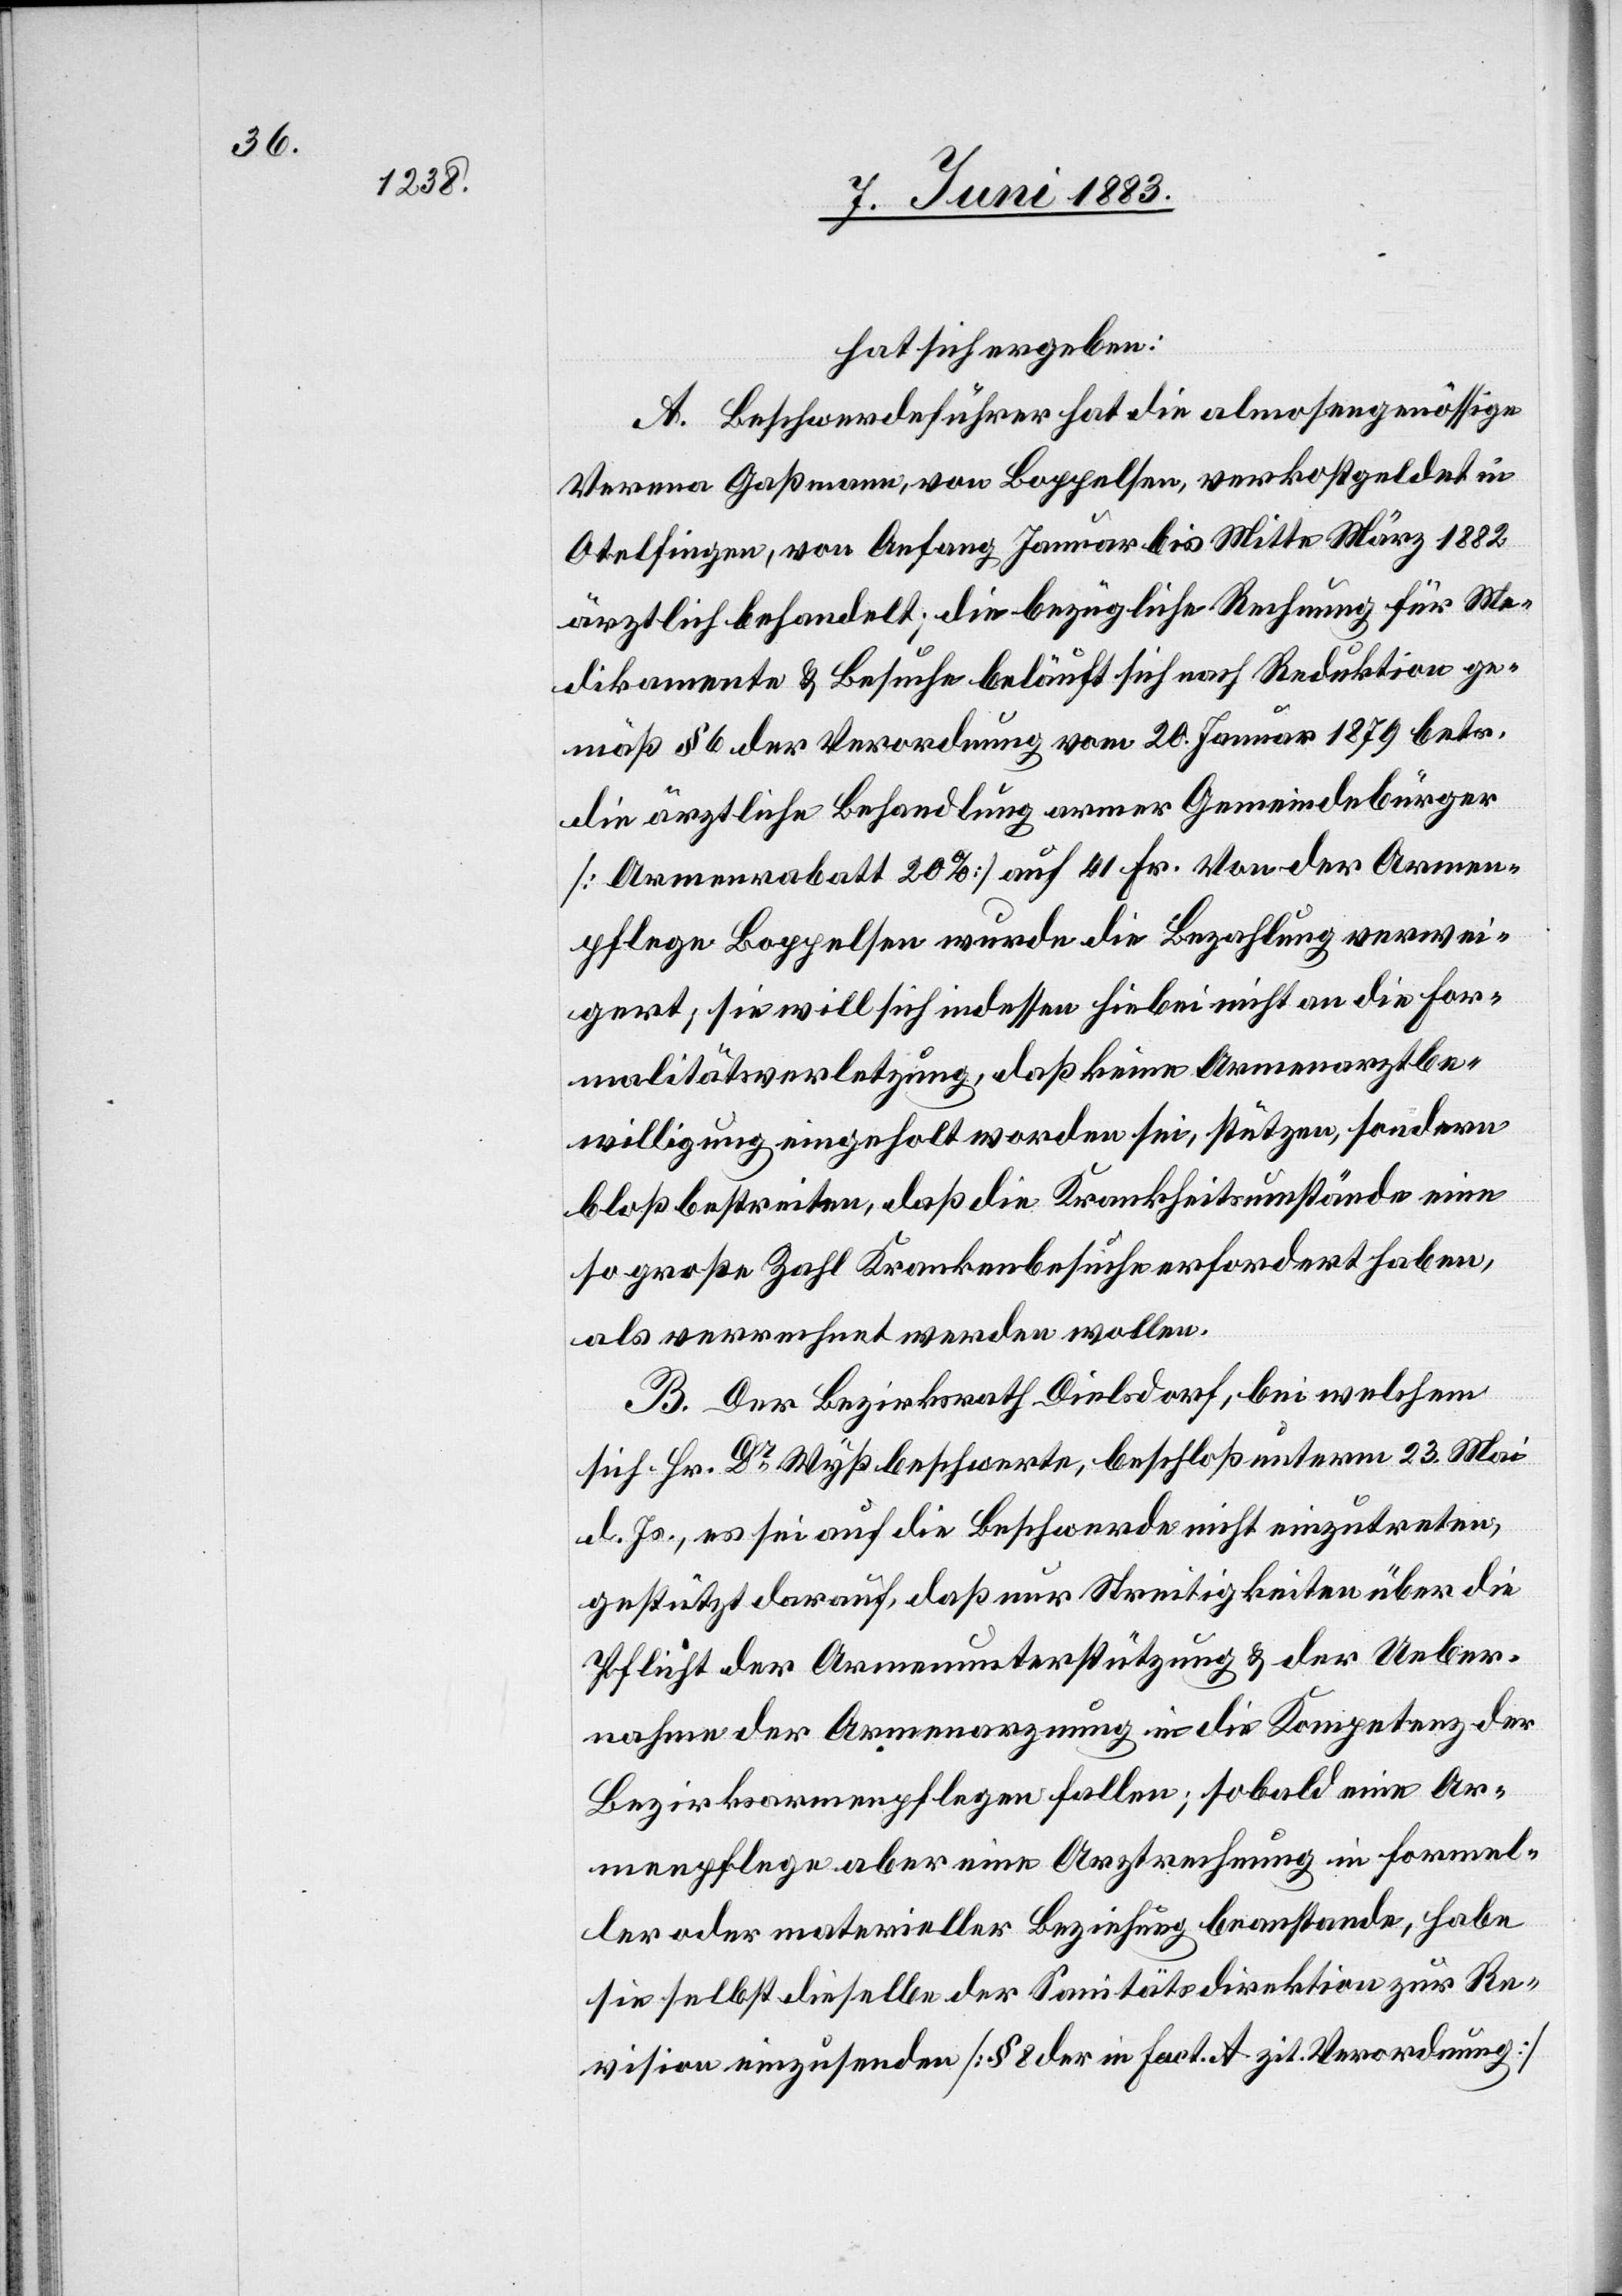
hat sich ergeben:
A. Beschwerdeführer hat die almosengenössige
Verena Gaßmann, von Boppelsen, verkostgeldet in
Otelfingen, von Anfang Januar bis Mitte März 1882
ärztlich behandelt; die bezügliche Rechnung für Me¬
dikamente & Besuche beläuft sich nach Reduktion ge¬
mäß § 6 der Verordnung vom 20. Januar 1879 betr.
die ärztliche Behandlung armer Gemeindebürger
[Armenrabatt 20%] auf 41 Fr. Von der Armen¬
pflege Boppelsen wurde die Bezahlung verwei¬
gert; sie will sich indessen hiebei nicht an die For¬
malitätsverletzung, daß keine Armenarztbe¬
willigung eingeholt worden sei, stützen, sondern
bloß bestreiten, daß die Krankheitsumstände eine
so große Zahl Krankenbesuche erfordert haben,
als verrechnet werden wollen.
B. Der Bezirksrath Dielsdorf, bei welchem
sich Hr. Dr Wyß beschwerte, beschloß unterm 23. Mai
d. Js., es sei auf die Beschwerde nicht einzutreten,
gestützt darauf, daß nur Streitigkeiten über die
Pflicht der Armenunterstützung & der Ueber¬
nahme der Armenarznung in die Kompetenz der
Bezirksarmenpflege fallen; sobald eine Ar¬
menpflege aber eine Arztrechnung in formel¬
ler oder materieller Beziehung beanstande, habe
Revision einzusenden [§ 8 der in Fact. A. zit. Verordnung]